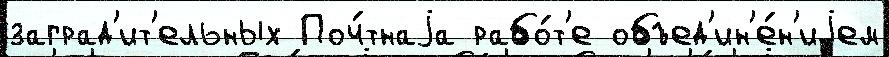
заград'ит'ельных Поч́тнаjа рабо́т'е объед'ин'е́н'иjем